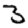
Digit: 3